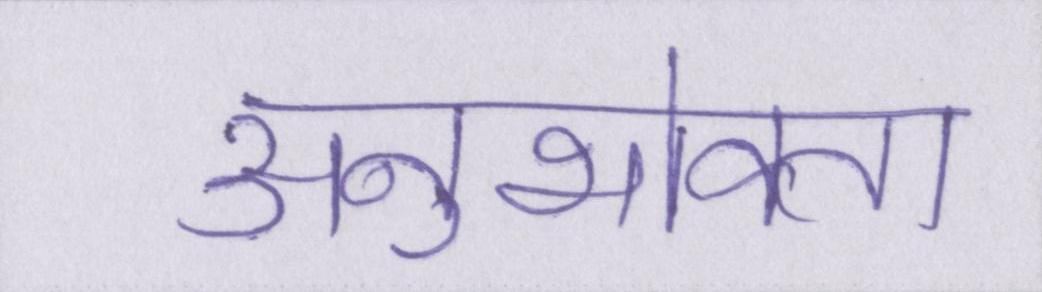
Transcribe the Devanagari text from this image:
अनुभोक्ता